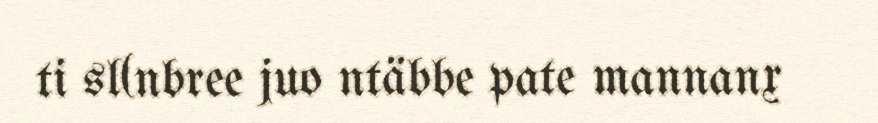
ti sl(nbree juo ntäbbe pate mannanx